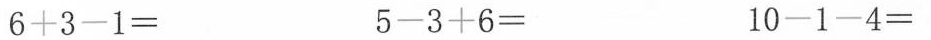
6+3-1= 5-3+6= 10-1-4=